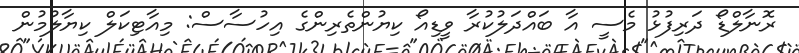
ރޮނާލްޑޯ ދަރިފުޅު މެސީ އާ ބައްދަލުކުރާ ވީޑިއޯ ކިޔުންތެރިންގެ އިހުސާސް: މިއާޓިކަލް ކިޔާލުމުން